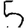
Digit: 5